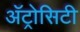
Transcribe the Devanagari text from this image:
अॅट्रोसिटी